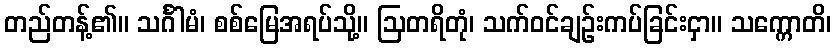
တည်တန့်၏။ သင်္ဂါမံ၊ စစ်မြေအရပ်သို့။ ဩတရိတုံ၊ သက်ဝင်ချဉ်းကပ်ခြင်းငှာ။ သက္ကောတိ၊